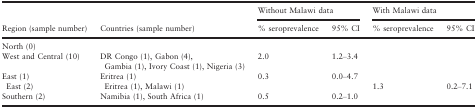
<table><thead><tr><td rowspan="2"><b>Region (sample number)</b></td><td rowspan="2"><b>Countries (sample number)</b></td><td colspan="2"><b>Without Malawi data</b></td><td colspan="2"><b>With Malawi data</b></td></tr><tr><td><b>% seroprevalence</b></td><td><b>95% CI</b></td><td><b>% seroprevalence</b></td><td><b>95% CI</b></td></tr></thead><tbody><tr><td>North (0)</td><td></td><td></td><td></td><td></td><td></td></tr><tr><td>West and Central (10)</td><td>DR Congo (1), Gabon (4), Gambia (1), Ivory Coast (1), Nigeria (3)</td><td>2.0</td><td>1.2–3.4</td><td></td><td></td></tr><tr><td>East (1)East (2)</td><td>Eritrea (1)Eritrea (1), Malawi (1)</td><td>0.3</td><td>0.0–4.7</td><td>1.3</td><td>0.2–7.1</td></tr><tr><td>Southern (2)</td><td>Namibia (1), South Africa (1)</td><td>0.5</td><td>0.2–1.0</td><td></td><td></td></tr></tbody></table>